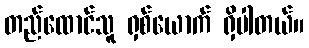
တည်ထောင်သူ ရှစ်ယောက် ရှိပါတယ်။